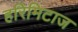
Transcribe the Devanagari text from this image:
हरिमिटाज